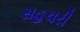
સહચરી